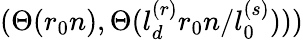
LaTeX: (\Theta(r_{0}n),\Theta(l_{d}^{(r)}r_{0}n/l_{0}^{(s)})))